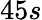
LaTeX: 45s